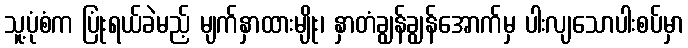
သူ့ပုံစံက ပြုံးရယ်ခဲမည့် မျက်နှာထားမျိုး၊ နှာတံချွန်ချွန်အောက်မှ ပါးလျသောပါးစပ်မှာ